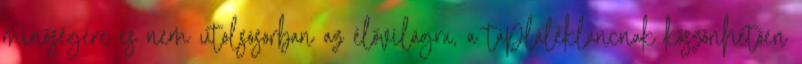
minőségére és nem utolsósorban az élővilágra, a táplálékláncnak köszönhetően